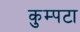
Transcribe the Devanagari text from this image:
कुम्पटा